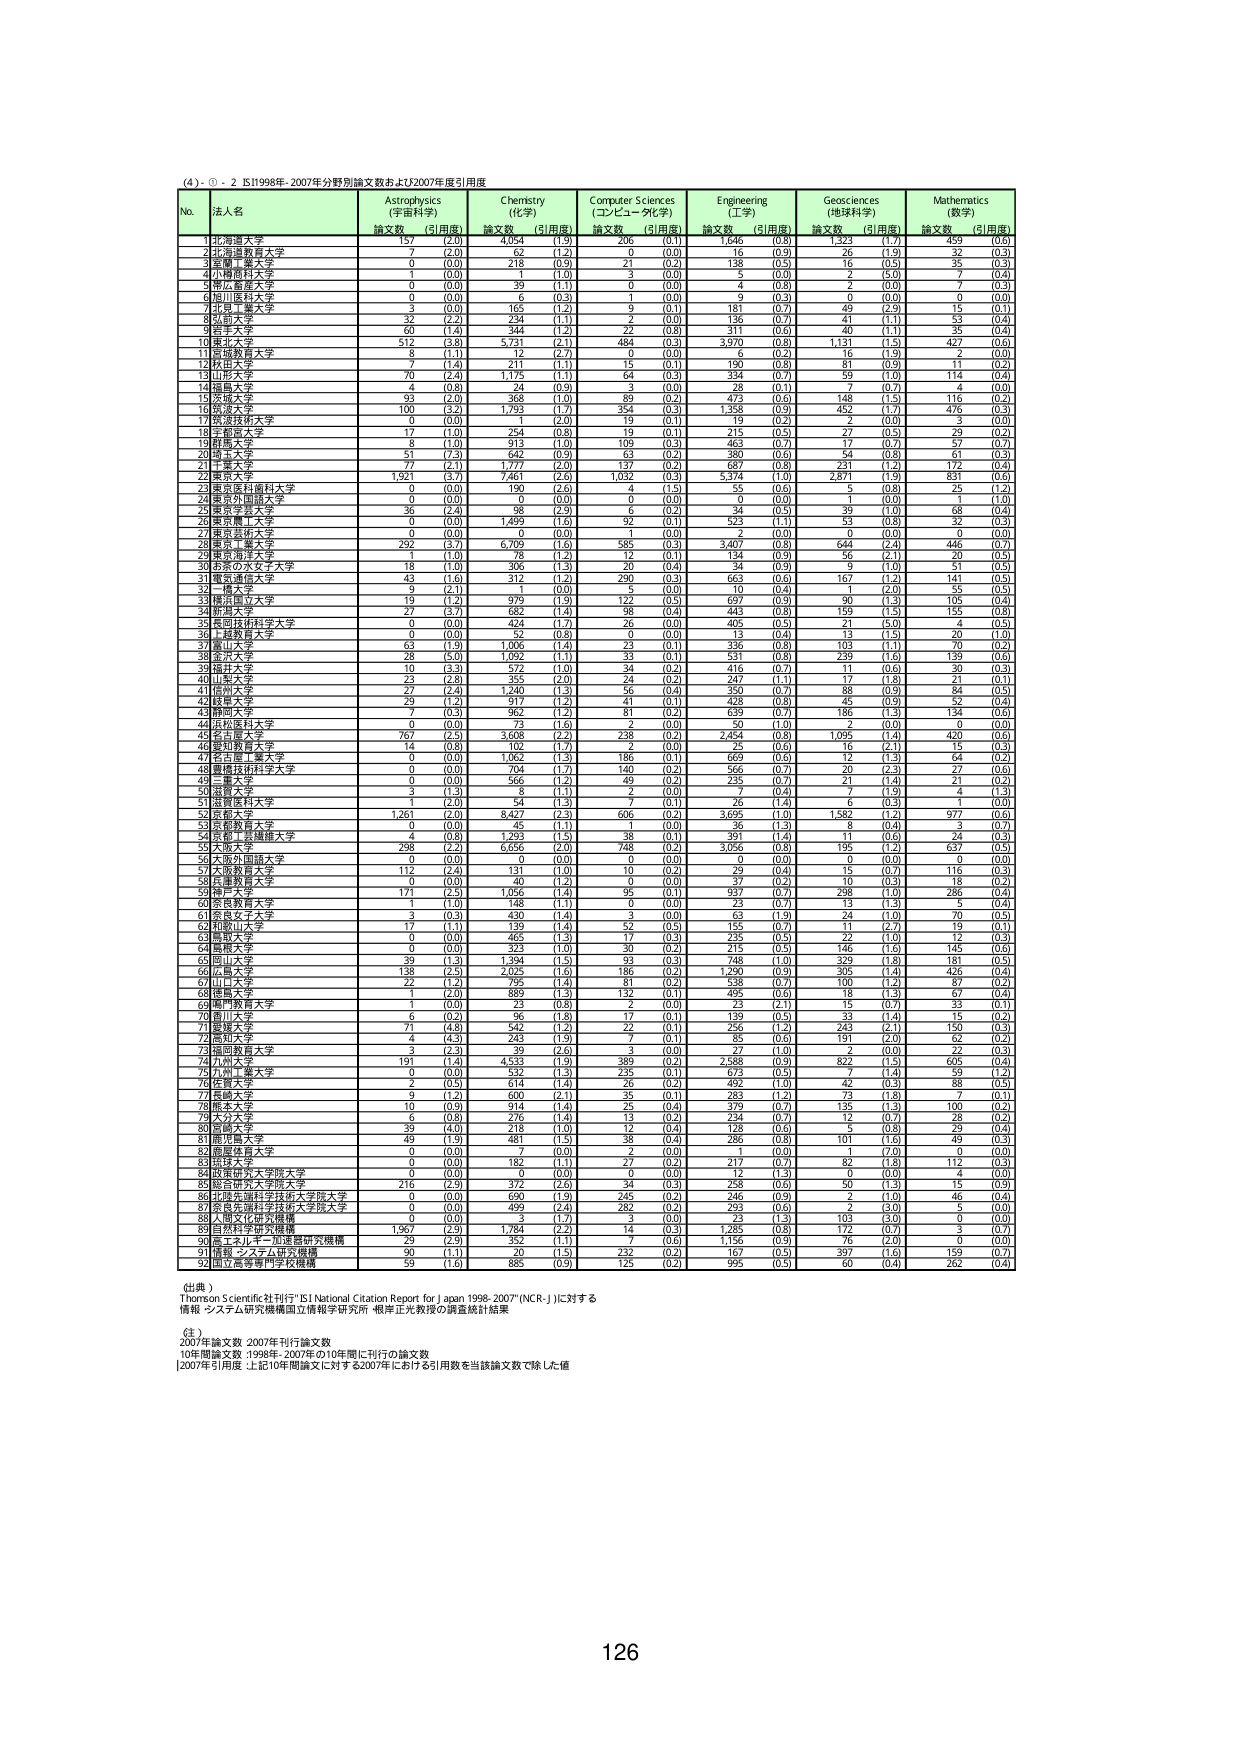
(4)・①・2 IS1998年-2007年分野別論文数および2007年度引用度

No. 法人名 Astrophysics (宇宙科学) Chemistry (化学) Computer Sciences (コンピュータ科学) Engineering (工学) Geosciences (地球科学) Mathematics (数学)
論文数 (引用度) 論文数 (引用度) 論文数 (引用度) 論文数 (引用度) 論文数 (引用度) 論文数 (引用度)

1 北海道大学 157 (2.0) 4,054 (1.9) 206 (0.1) 1,046 (0.8) 1,323 (1.7) 459 (0.6)
2 北海道教育大学 7 (2.0) 62 (1.2) 0 (0.0) 16 (0.9) 26 (1.9) 32 (0.3)
3 室蘭工業大学 0 (0.0) 218 (0.9) 21 (0.2) 138 (0.5) 16 (0.5) 35 (0.3)
4 小樽商科大学 1 (0.0) 1 (1.0) 3 (0.0) 5 (0.0) 2 (5.0) 7 (0.4)
5 帯広畜産大学 0 (0.0) 89 (1.1) 0 (0.0) 4 (0.8) 2 (0.0) 7 (0.3)
6 旭川医科大学 0 (0.0) 6 (0.3) 1 (0.0) 9 (0.3) 0 (0.0) 0 (0.0)
7 北見工業大学 3 (0.0) 165 (1.2) 9 (0.1) 181 (0.7) 49 (2.9) 15 (0.1)
8 釧路大学 32 (2.2) 234 (1.1) 2 (0.0) 136 (0.7) 41 (1.1) 53 (0.4)
9 釧南大学 60 (1.4) 344 (1.2) 22 (0.8) 311 (0.6) 40 (1.1) 35 (0.4)
10 東北大学 512 (3.8) 5,731 (2.1) 484 (0.3) 3,970 (0.8) 1,131 (1.5) 427 (0.6)
11 宮城教育大学 8 (1.1) 12 (2.7) 0 (0.0) 6 (0.2) 16 (1.9) 2 (0.0)
12 秋田大学 7 (1.4) 211 (1.1) 15 (0.1) 190 (0.8) 81 (0.9) 11 (0.2)
13 山形大学 70 (2.4) 1,175 (1.1) 64 (0.3) 334 (0.7) 59 (1.0) 114 (0.4)
14 福島大学 4 (0.8) 24 (0.9) 3 (0.0) 28 (0.1) 7 (0.7) 4 (0.0)
15 茨城大学 93 (2.0) 568 (1.0) 89 (0.2) 473 (0.6) 148 (1.5) 116 (0.2)
16 筑波大学 100 (3.2) 1,793 (1.7) 354 (0.3) 1,358 (0.9) 452 (1.7) 476 (0.3)
17 筑波技術大学 0 (0.0) 1 (2.0) 19 (0.1) 19 (0.2) 2 (0.0) 3 (0.0)
18 千葉大学 17 (1.0) 254 (0.8) 19 (0.1) 215 (0.5) 27 (0.5) 29 (0.2)
19 関東大学 8 (1.0) 313 (1.0) 109 (0.3) 463 (0.7) 17 (0.7) 57 (0.7)
20 埼玉大学 51 (7.3) 642 (0.9) 63 (0.2) 380 (0.6) 54 (0.8) 61 (0.3)
21 千葉大学 77 (2.1) 1,777 (2.0) 137 (0.2) 687 (0.8) 231 (1.2) 172 (0.4)
22 東京大学 1,921 (3.7) 7,461 (2.6) 1,032 (0.3) 5,374 (1.0) 2,871 (1.9) 831 (0.6)
23 東京医科歯科大学 0 (0.0) 190 (2.6) 4 (1.5) 55 (0.6) 5 (0.8) 25 (1.2)
24 東京外国語大学 0 (0.0) 0 (0.0) 0 (0.0) 0 (0.0) 1 (0.0) 1 (1.0)
25 東京工業大学 36 (2.4) 98 (2.3) 6 (0.0) 34 (0.5) 39 (1.0) 67 (0.4)
26 東京農工大学 0 (0.0) 1,499 (1.6) 92 (0.1) 573 (1.1) 53 (0.8) 32 (0.3)
27 東京芸術大学 0 (0.0) 0 (0.0) 1 (0.0) 2 (0.0) 0 (0.0) 0 (0.0)
28 東京工業大学 292 (3.7) 6,709 (1.6) 585 (0.3) 3,407 (0.8) 664 (2.4) 446 (0.7)
29 東京学芸大学 8 (1.0) 78 (1.2) 12 (0.1) 134 (0.9) 56 (2.1) 42 (0.3)
30 お茶の水女子大学 18 (1.0) 306 (1.3) 20 (0.4) 34 (0.9) 9 (1.0) 51 (0.5)
31 電気通信大学 43 (1.6) 312 (1.2) 290 (0.3) 663 (0.6) 167 (1.2) 141 (0.5)
32 一橋大学 9 (2.1) 1 (0.0) 5 (0.0) 10 (0.4) 1 (2.0) 5 (0.5)
33 神奈川大学 19 (1.2) 979 (1.9) 122 (0.5) 697 (0.9) 90 (1.3) 105 (0.4)
34 新潟大学 27 (3.7) 682 (1.4) 98 (0.4) 443 (0.8) 159 (1.5) 155 (0.8)
35 長岡技術科学大学 0 (0.0) 424 (1.7) 26 (0.0) 405 (0.5) 21 (5.0) 4 (0.3)
36 上越教育大学 0 (0.0) 53 (0.8) 0 (0.0) 13 (0.4) 13 (1.5) 20 (1.0)
37 富山大学 63 (1.9) 1,006 (1.4) 23 (0.1) 336 (0.8) 103 (1.1) 70 (0.2)
38 金沢大学 28 (5.0) 1,092 (1.1) 33 (0.1) 531 (0.8) 239 (1.6) 139 (0.6)
39 福井大学 10 (3.3) 572 (1.0) 34 (0.2) 416 (0.7) 11 (0.6) 33 (0.3)
40 山梨大学 23 (2.8) 355 (2.0) 24 (0.2) 247 (1.1) 17 (1.8) 21 (0.1)
41 信州大学 27 (2.4) 1,240 (1.3) 56 (0.4) 350 (0.7) 88 (0.9) 84 (0.5)
42 静岡大学 29 (1.2) 817 (1.2) 41 (0.1) 428 (0.8) 45 (0.9) 52 (0.3)
43 静岡大学 7 (0.3) 962 (1.2) 81 (0.2) 639 (0.7) 186 (1.3) 134 (0.6)
44 浜松医科大学 0 (0.0) 73 (1.6) 2 (0.0) 50 (1.0) 2 (0.0) 0 (0.0)
45 名古屋大学 767 (2.5) 3,608 (2.2) 238 (0.2) 2,454 (0.8) 1,095 (1.4) 420 (0.6)
46 愛知教育大学 14 (0.8) 102 (1.7) 2 (0.0) 75 (0.6) 16 (2.1) 11 (0.1)
47 名古屋工業大学 0 (0.0) 1,062 (1.3) 186 (0.1) 669 (0.6) 12 (1.3) 64 (0.2)
48 愛媛技術科学大学 0 (0.0) 704 (1.7) 140 (0.2) 566 (0.7) 20 (2.3) 27 (0.6)
49 三重大学 0 (0.0) 566 (1.2) 49 (0.2) 235 (0.7) 21 (1.4) 21 (0.2)
50 滋賀大学 3 (1.3) 8 (1.1) 2 (0.0) 7 (0.4) 7 (1.9) 4 (1.3)
51 滋賀医科大学 0 (2.0) 54 (1.3) 7 (0.1) 26 (1.4) 6 (0.3) 1 (0.0)
52 京都大学 1,261 (2.0) 8,427 (2.3) 606 (0.2) 3,695 (1.0) 1,582 (1.2) 977 (0.6)
53 京都教育大学 0 (0.0) 45 (1.1) 1 (0.0) 36 (1.3) 8 (0.4) 3 (0.7)
54 京都工芸繊維大学 4 (0.8) 1,293 (1.5) 38 (0.1) 391 (1.4) 11 (0.6) 24 (0.3)
55 大阪大学 298 (2.2) 6,656 (2.0) 748 (0.2) 3,056 (0.8) 195 (1.2) 637 (0.5)
56 大阪外国語大学 0 (0.0) 0 (0.0) 0 (0.0) 0 (0.0) 0 (0.0) 0 (0.0)
57 大阪教育大学 112 (2.4) 131 (1.0) 10 (0.2) 29 (0.4) 15 (0.7) 116 (0.3)
58 兵庫教育大学 0 (0.0) 40 (1.2) 0 (0.0) 37 (0.2) 10 (0.3) 18 (0.2)
59 神戸大学 171 (2.5) 1,056 (1.8) 95 (0.1) 997 (0.7) 238 (1.0) 286 (0.6)
60 奈良教育大学 1 (1.0) 148 (1.1) 0 (0.0) 23 (0.7) 13 (1.3) 5 (0.4)
61 奈良女子大学 3 (0.3) 430 (1.4) 3 (0.0) 63 (1.9) 24 (1.0) 70 (0.5)
62 和歌山大学 17 (1.1) 139 (1.4) 52 (0.3) 155 (0.7) 11 (2.7) 19 (0.1)
63 岡山大学 0 (0.0) 465 (1.3) 17 (0.3) 235 (0.5) 22 (1.0) 12 (0.3)
64 島根大学 0 (0.0) 323 (1.0) 30 (0.2) 215 (0.5) 146 (1.6) 145 (0.6)
65 岡山大学 39 (1.3) 1,394 (1.5) 93 (0.3) 748 (1.0) 329 (1.8) 181 (0.5)
66 広島大学 138 (2.5) 2,025 (1.6) 186 (0.2) 1,290 (0.9) 395 (1.4) 426 (0.6)
67 山口大学 22 (1.2) 795 (1.4) 81 (0.2) 538 (0.7) 100 (1.2) 87 (0.2)
68 徳島大学 1 (2.0) 889 (1.3) 132 (0.1) 495 (0.6) 18 (1.3) 67 (0.4)
69 愛媛教育大学 1 (0.0) 23 (0.8) 2 (0.0) 23 (2.1) 15 (0.7) 32 (0.1)
70 香川大学 6 (0.2) 96 (1.8) 17 (0.1) 139 (0.5) 33 (1.4) 15 (0.2)
71 愛媛大学 71 (4.8) 542 (1.2) 22 (0.1) 256 (1.2) 243 (2.1) 150 (0.3)
72 高知大学 4 (4.3) 243 (1.9) 7 (0.1) 85 (0.6) 191 (2.0) 62 (0.2)
73 福岡教育大学 3 (2.3) 39 (2.6) 3 (0.0) 27 (1.0) 2 (0.0) 22 (0.3)
74 九州大学 191 (1.4) 4,633 (1.9) 389 (0.2) 2,588 (0.9) 822 (1.5) 605 (0.4)
75 九州工業大学 0 (0.0) 532 (1.3) 235 (0.1) 673 (0.5) 7 (1.4) 59 (1.2)
76 佐賀大学 2 (0.5) 614 (1.4) 26 (0.2) 492 (1.0) 42 (0.3) 88 (0.5)
77 長崎大学 9 (1.2) 600 (2.1) 35 (0.1) 283 (1.2) 73 (1.8) 7 (0.1)
78 熊本大学 10 (0.9) 914 (1.4) 25 (0.4) 379 (0.7) 135 (1.3) 100 (0.2)
79 大分大学 6 (0.8) 276 (1.4) 13 (0.2) 234 (0.7) 12 (0.7) 28 (0.6)
80 宮崎大学 39 (4.0) 218 (1.0) 12 (0.4) 128 (0.6) 5 (0.8) 29 (0.4)
81 鹿児島大学 49 (1.9) 481 (1.5) 38 (0.4) 286 (0.8) 101 (1.6) 49 (0.3)
82 鹿屋体育大学 0 (0.0) 7 (0.0) 2 (0.0) 1 (0.0) 1 (7.0) 0 (0.0)
83 長崎大学 0 (0.0) 182 (1.1) 27 (0.2) 217 (0.7) 82 (1.8) 112 (0.3)
84 政策研究大学院大学 0 (0.0) 0 (0.0) 0 (0.0) 12 (1.3) 0 (0.0) 4 (0.0)
85 総合研究大学院大学 216 (2.9) 372 (2.6) 34 (0.3) 258 (0.6) 50 (1.3) 15 (0.9)
86 北海道大学院大学院大学 0 (0.0) 690 (1.9) 245 (0.2) 246 (0.9) 2 (1.0) 46 (0.4)
87 産業技術総合研究所 0 (0.0) 499 (2.4) 282 (0.3) 293 (0.6) 2 (3.0) 5 (0.0)
88 人間文化研究機構 0 (0.0) 3 (1.7) 3 (0.0) 23 (1.3) 103 (3.0) 0 (0.0)
89 自然科学研究機構 1,967 (2.9) 1,784 (2.2) 14 (0.3) 1,285 (0.8) 172 (0.7) 3 (0.7)
90 高エネルギー加速器研究機構 20 (2.9) 352 (1.1) 7 (0.6) 1,156 (0.9) 76 (2.0) 0 (0.0)
91 情報・システム研究機構 90 (1.1) 20 (1.5) 232 (0.2) 167 (0.5) 397 (1.6) 159 (0.7)
92 国立高等専門学校機構 59 (1.6) 885 (0.9) 125 (0.2) 995 (0.5) 60 (0.4) 262 (0.4)

(出典)
Thomson Scientific社刊行「ISI National Citation Report for Japan 1998-2007」(NCR-J)に対する
情報・システム研究機構国立情報学研究所・根岸正光教授の調査統計結果

(注)
2007年論文数：2007年刊行論文数
10年間論文数：1998年-2007年の10年間に刊行の論文数
[2007年引用度]：上記10年間論文に対する2007年における引用数を当該論文数で除した値

126